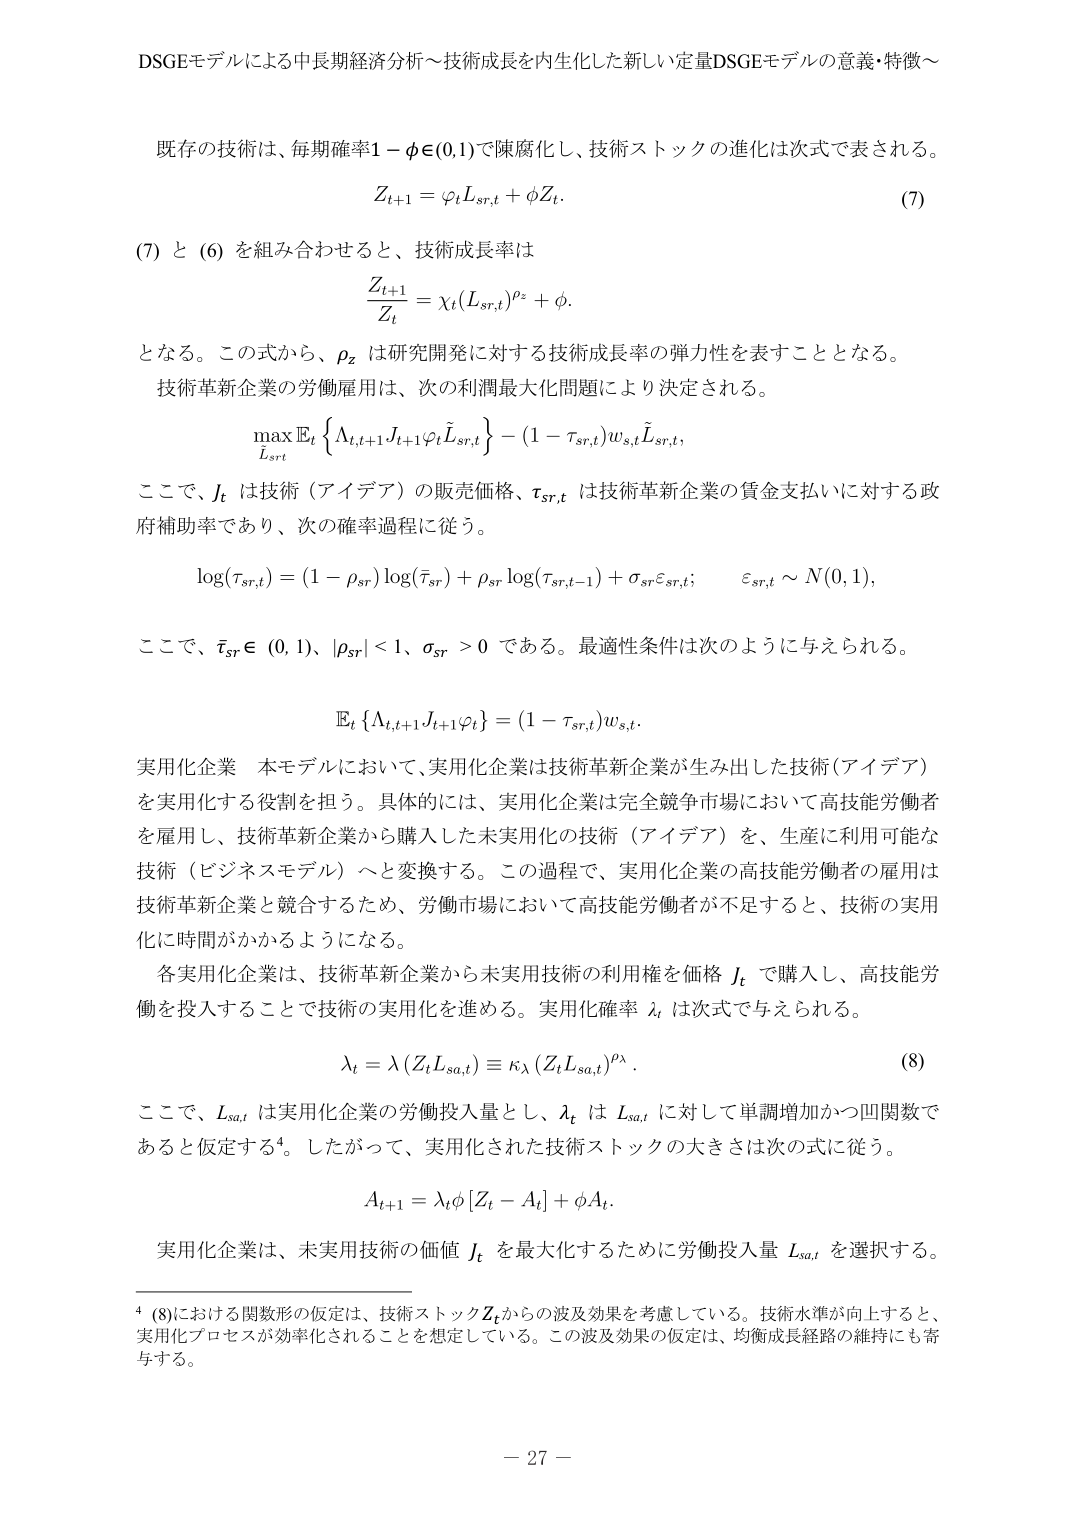
DSGEモデルによる中長期経済分析～技術成長を内生化した新しい定量DSGEモデルの意義・特徴～

既存の技術は、毎期確率1−φ∈(0,1)で陳腐化し、技術ストックの進化は次式で表される。
Z_{t+1} = φL_{sr,t} + φZ_t.  (7)

(7) と (6) を組み合わせると、技術成長率は
\frac{Z_{t+1}}{Z_t} = χ_t(L_{sr,t})^{ρ_z} + φ.

となる。この式から、ρ_z は研究開発に対する技術成長率の弾力性を表すこととなる。

技術革新企業の労働雇用は、次の利潤最大化問題により決定される。
\max_{L_{sr,t}} \mathbb{E}_t \left\{ Λ_{t,t+1} J_{t+1} φ \tilde{L}_{sr,t} \right\} - (1 - τ_{sr,t}) w_{s,t} \tilde{L}_{sr,t},

ここで、J_t は技術（アイデア）の販売価格、τ_{sr,t} は技術革新企業の賃金支払いに対する政府補助率であり、次の確率過程に従う。
\log(τ_{sr,t}) = (1 - ρ_{sr}) \log(\bar{τ}_{sr}) + ρ_{sr} \log(τ_{sr,t-1}) + σ_{sr} ε_{sr,t}; \quad ε_{sr,t} \sim N(0,1),

ここで、\bar{τ}_{sr} ∈ (0,1)、|ρ_{sr}| < 1、σ_{sr} > 0 である。最適性条件は次のように与えられる。
\mathbb{E}_t \{ Λ_{t,t+1} J_{t+1} φ \} = (1 - τ_{sr,t}) w_{s,t}.

実用化企業 本モデルにおいて、実用化企業は技術革新企業が生み出した技術（アイデア）を実用化する役割を担う。具体的には、実用化企業は完全競争市場において高技能労働者を雇用し、技術革新企業から購入した未実用化の技術（アイデア）を、生産に利用可能な技術（ビジネスモデル）へと変換する。この過程で、実用化企業の高技能労働者の雇用は技術革新企業と競合するため、労働市場において高技能労働者が不足すると、技術の実用化に時間がかかるようになる。

各実用化企業は、技術革新企業から未実用技術の利用権を価格 J_t で購入し、高技能労働を投入することで技術の実用化を進める。実用化確率 λ_t は次式で与えられる。
λ_t = λ(Z_t L_{sa,t}) ≡ κ_λ (Z_t L_{sa,t})^{ρ_λ}.  (8)

ここで、L_{sa,t} は実用化企業の労働投入量とし、λ_t は L_{sa,t} に対して単調増加かつ凹関数であると仮定する⁴。したがって、実用化された技術ストックの大きさは次の式に従う。
A_{t+1} = λ_t φ [Z_t - A_t] + φ A_t.

実用化企業は、未実用技術の価値 J_t を最大化するために労働投入量 L_{sa,t} を選択する。

⁴ (8)における関数形の仮定は、技術ストックZ_tからの波及効果を考慮している。技術水準が向上すると、実用化プロセスが効率化されることを想定している。この波及効果の仮定は、均衡成長経路の維持にも寄与する。

－ 27 －